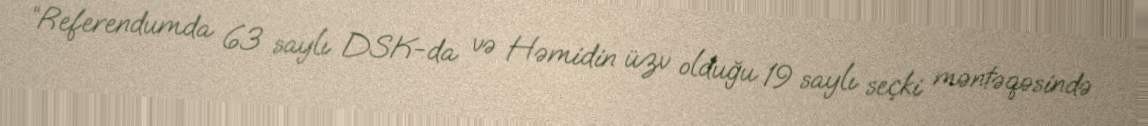
“Referendumda 63 saylı DSK-da və Həmidin üzv olduğu 19 saylı seçki məntəqəsində